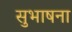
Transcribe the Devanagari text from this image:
सुभाषना